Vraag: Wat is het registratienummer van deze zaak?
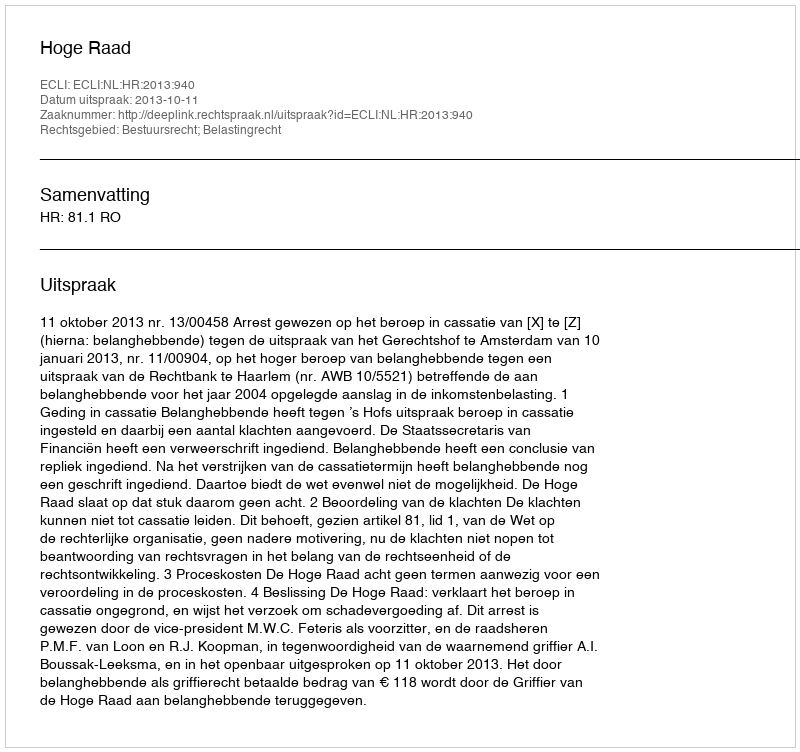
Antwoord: http://deeplink.rechtspraak.nl/uitspraak?id=ECLI:NL:HR:2013:940